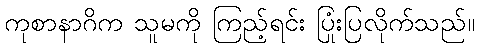
ကုစာနာဂိက သူမကို ကြည့်ရင်း ပြုံးပြလိုက်သည်။